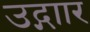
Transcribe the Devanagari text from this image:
उद्गाार